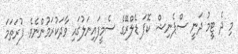
މި ދެ ޓީމު ދަނީ ސްޕެނިޝް ކޮޕަ ޑެލްރޭގެ ސެމީފައިނަލުގައި ވާދަކުރަމުންނެވެ. ފުރަތަމަ